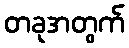
တခုအတွက်